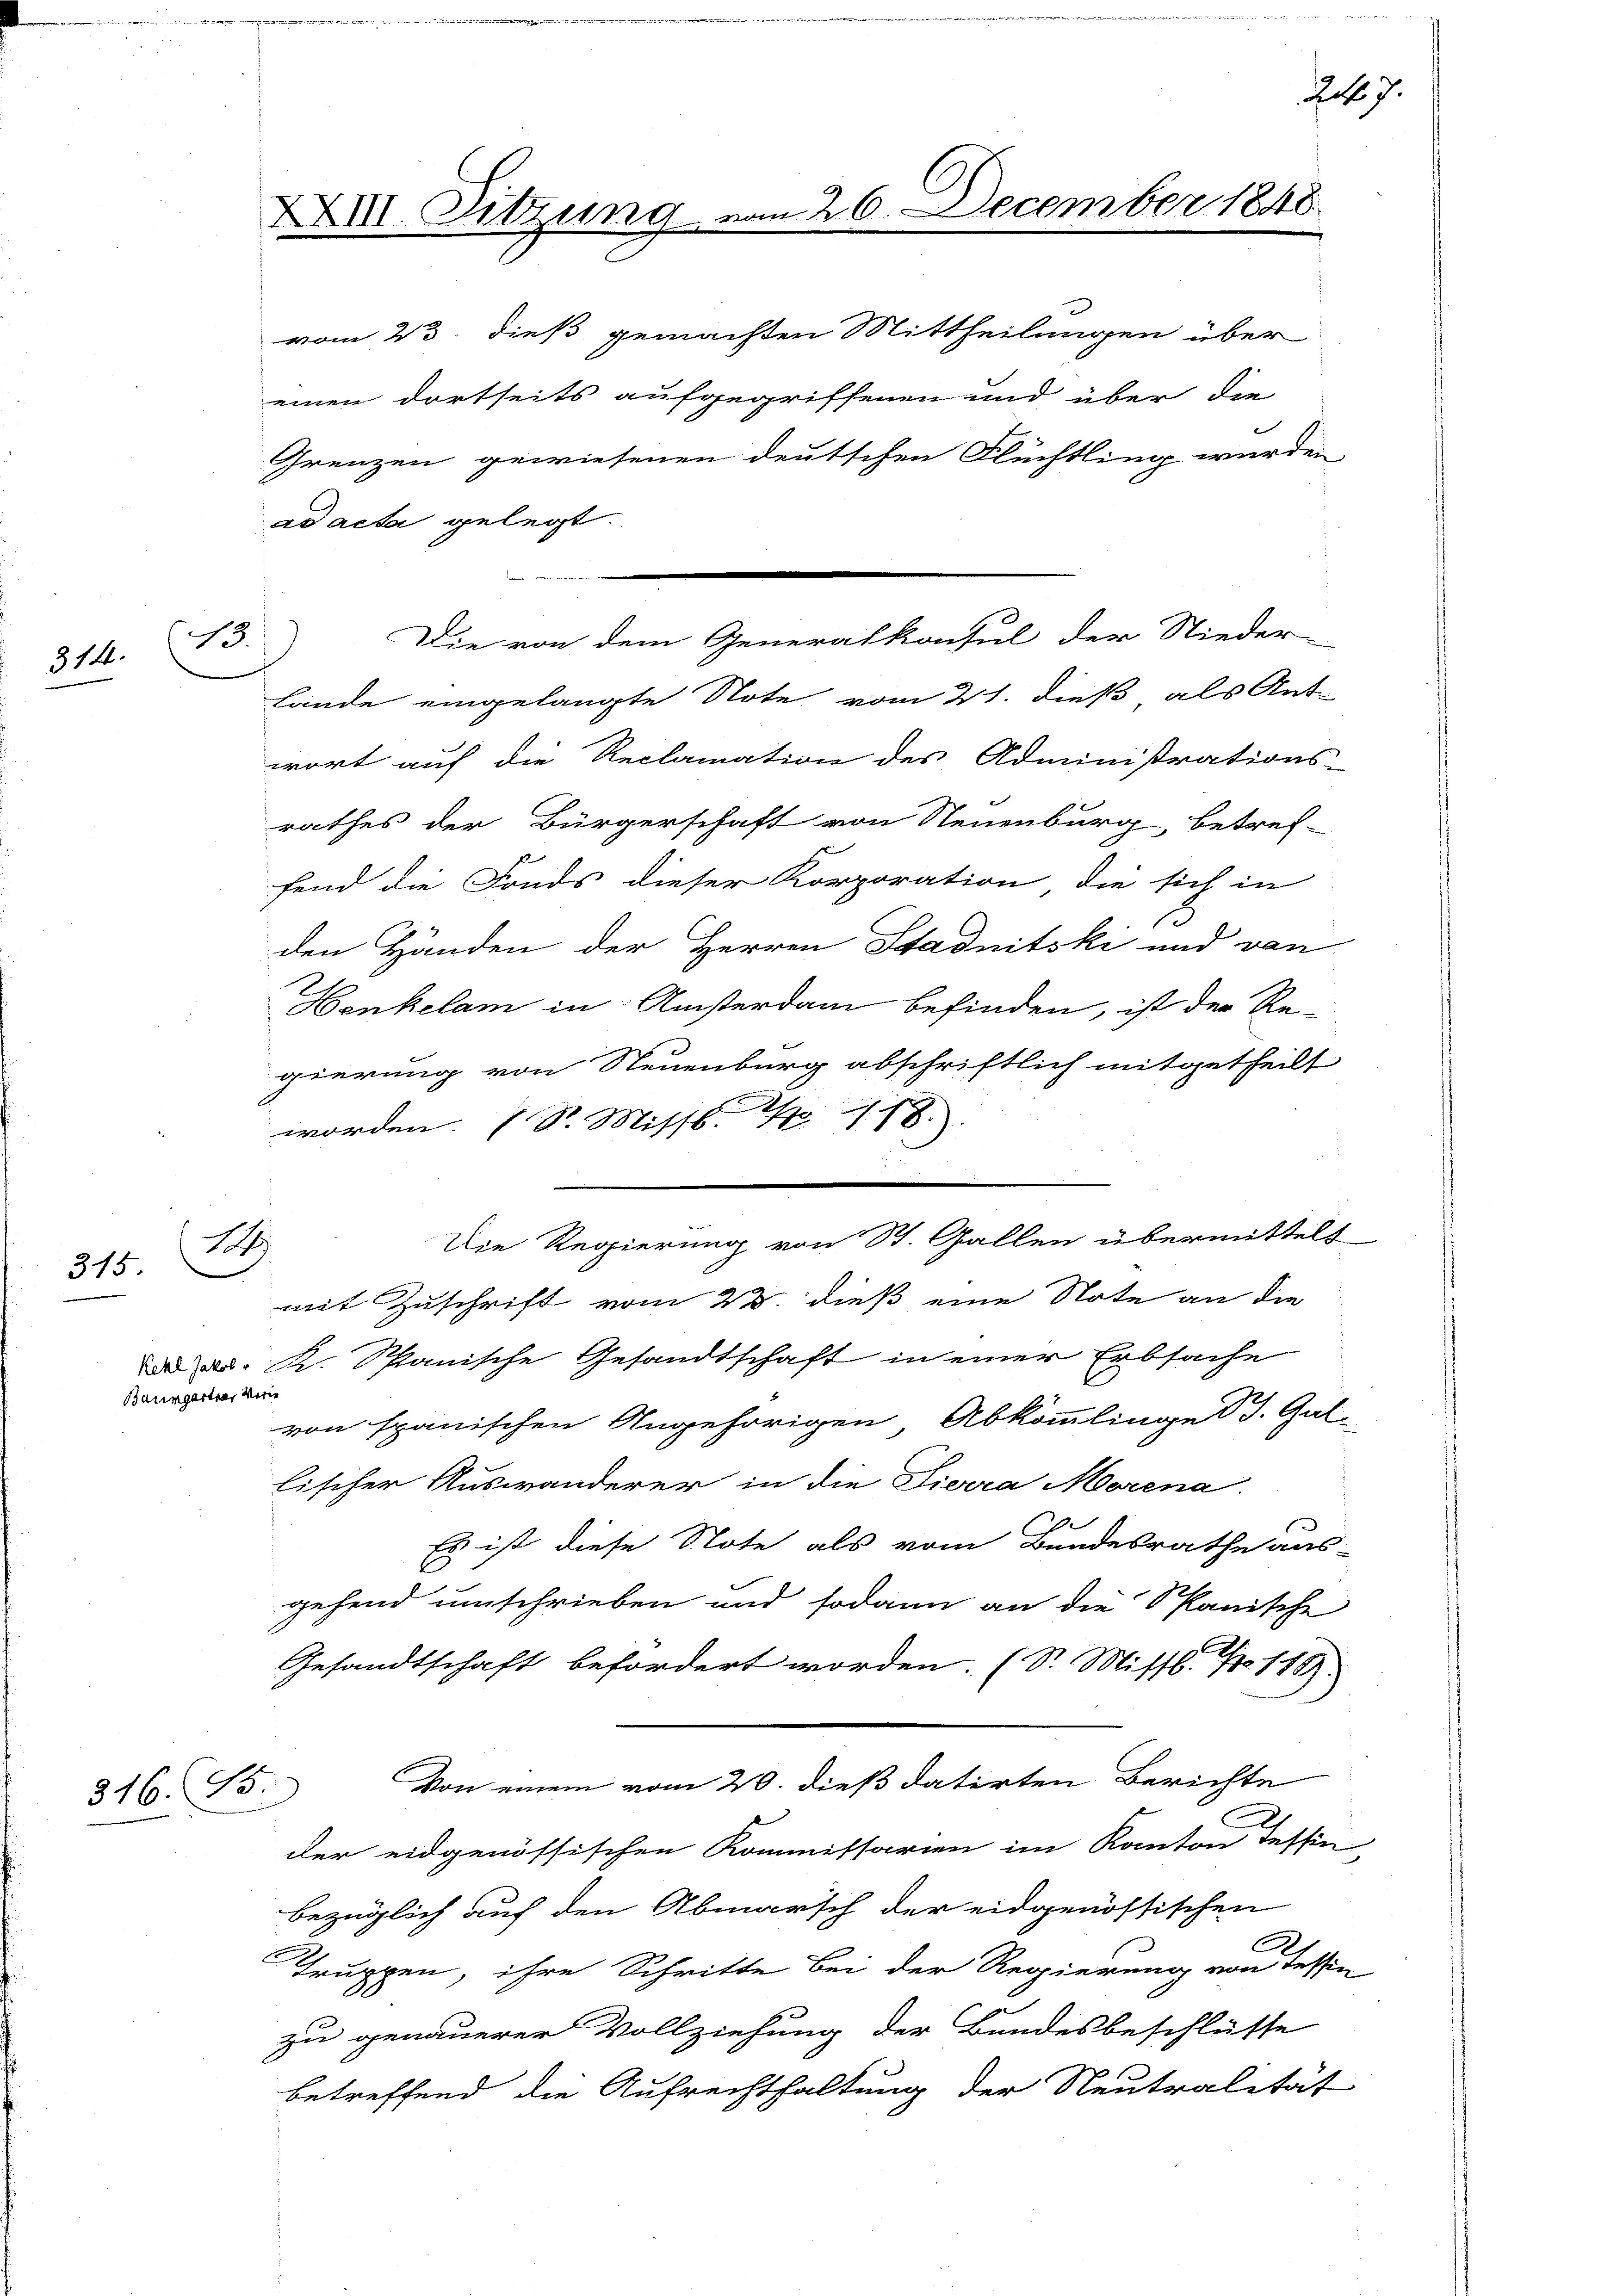
314.

315

13.

Baumgartner Verie

316. 15.

XXIII. Sitzung vom 26. December 1848.
vom 23. dieß gemachten Mittheilungen über

einen dortseits aufgegriffenen und über die
Grenzen gewiesenen deutschen Flüchtling wurden
Lände eingelangte Note vom 21. dieß als Ant-
wort auf die Reclamation des Administrations-
rathes der Bürgerschaft von Neuenburg, betref-
fend die Fonds dieser Korporation die sich in
den Händen der Herren Stadnitski und von
Henkelam in Ansterdam befinden, ist der Re-
gierung von Neuenburg abschriftlich mitgetheilt
worden. (S. Missl. N 118.
14
mit Zuschrift vom 23. dieß eine Note an die
d. K. Spanische Gesandtschaft in einer Erbsache
von spanischen Angehörigen, Abkömmlinge B. Gal-
lischer Auswanderer in die Pierra Morena.
Es ist diese Note als vom Bundesrathe aus-
gehend umschrieben und sodann an die Spanische
Gesandtschaft befordert worden. (S. Missb. Nr. 118.
Von einem vom 20. dieß datirten Berichte
der eidgenössischen Kommissarien im Kanton Tessin,
bezüglich auf den Abmarsch der eidgenössischen
Truppen, ihre Schritte bei der Regierung von tessen
zu genauerer Vollziehung der Bundesbeschlüsse
betreffend die Aufrechthaltung der Neutralität

ad acta gelegt.

Die von dem Generalkonsul der Nieder-

Die Regierung von St. Gallen übermittelt

247.